Source: Handwritten
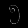
Digit: ၅ (5)